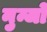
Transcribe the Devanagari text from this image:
नुन्जो